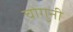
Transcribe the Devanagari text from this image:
चोगुनी